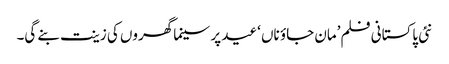
نئی پاکستانی فلم’مان جاؤ ناں ‘عید پر سینما گھروں کی زینت بنے گی۔